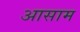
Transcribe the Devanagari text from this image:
अासाम